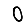
Digit: 0